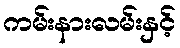
ကမ်းနားလမ်းနှင့်